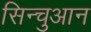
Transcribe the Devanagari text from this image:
सिन्चुआन